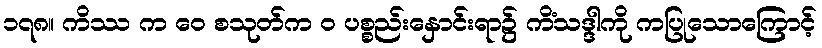
၁၇၈။ ကိဿ က ဝေ စသုတ်က ဝ ပစ္စည်းနှောင်းရာ၌ ကိံသဒ္ဒါကို ကပြုသောကြောင့်